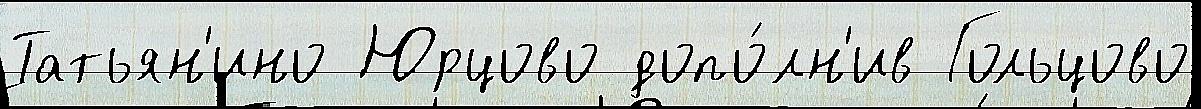
Татьян'ино Юрцово допо́лн'ив Гольцово